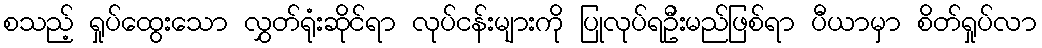
စသည့် ရှုပ်ထွေးသော လွှတ်ရုံးဆိုင်ရာ လုပ်ငန်းများကို ပြုလုပ်ရဦးမည်ဖြစ်ရာ ပီယာမှာ စိတ်ရှုပ်လာ